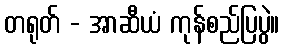
တရုတ် - အာဆီယံ ကုန်စည်ပြပွဲ။